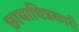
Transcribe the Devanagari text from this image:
छायाचित्रकारी